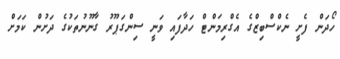
ހޯދަން ފެށީ ނެކްސްބިޒްގެ އެގްރިމަންޓް ހަދާފައި ވަނީ ސިންގަޕޫރު ގާނޫނުތަކުގެ ދަށުން ކަމަށް